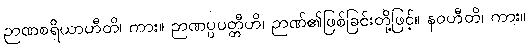
ဉာဏစရိယာဟီတိ၊ ကား။ ဉာဏပ္ပပတ္တီဟိ၊ ဉာဏ်၏ဖြစ်ခြင်းတို့ဖြင့်။ နဝဟီတိ၊ ကား။